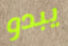
يبدو